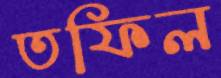
তফিল